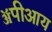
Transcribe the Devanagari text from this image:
ॲपीआय